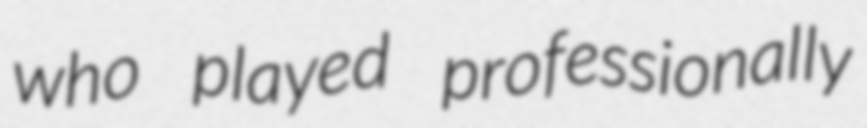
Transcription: who played professionally